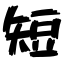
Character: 短